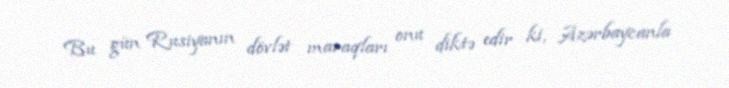
Bu gün Rusiyanın dövlət maraqları onu diktə edir ki, Azərbaycanla